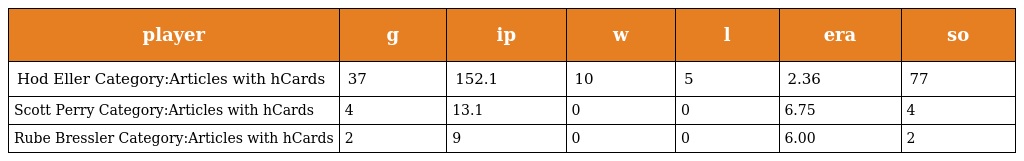
| player | g | ip | w | l | era | so |
 | --- | --- | --- | --- | --- | --- | --- |
 | Hod Eller Category:Articles with hCards | 37 | 152.1 | 10 | 5 | 2.36 | 77 |
 | Scott Perry Category:Articles with hCards | 4 | 13.1 | 0 | 0 | 6.75 | 4 |
 | Rube Bressler Category:Articles with hCards | 2 | 9 | 0 | 0 | 6.00 | 2 |